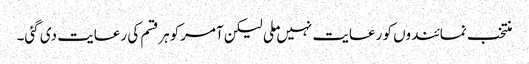
منتخب نمائندوں کو رعایت نہیں ملی لیکن آمرکوہرقسم کی رعایت دی گئی۔